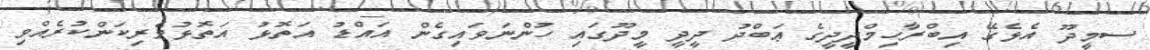
ސމީދޫ އެޅެގޭ އިބްރާހިމްދީދީގެ ޢަބްދު ދީދީ މީދޫގައި ހުންނަވައިގެން އައްޑު އަތޮޅު އަތޮޅުވެރިކަންކުރެއްވި